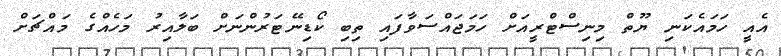
އެއީ ހަމައެކަނި ޔޫތް މިނިސްޓްރީއަށް ހަމަޖައްސަވާފައި ތިބި ކޯޑިނޭޓަރުންނަށް ބަލާއިރު މަހެއްގެ މައްޗަށް